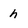
Character: h